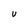
Character: U